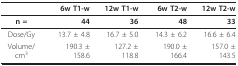
|  | 6w T1-w | 12w T1-w | 6w T2-w | 12w T2-w |
 | --- | --- | --- | --- | --- |
 | n = | 44 | 36 | 48 | 33 |
 | Dose/Gy | 13.7 ± 4.8 | 16.7 ± 5.0 | 14.3 ± 6.2 | 16.6 ± 6.4 |
 | Volume/cm3 | 190.3 ± 158.6 | 127.2 ± 118.8 | 190.0 ± 166.4 | 157.0 ± 143.5 |